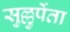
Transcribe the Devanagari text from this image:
सुल्लुर्पेता